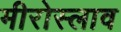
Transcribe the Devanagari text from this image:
मीरोस्लाव